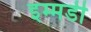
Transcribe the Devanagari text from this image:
इम्मडी